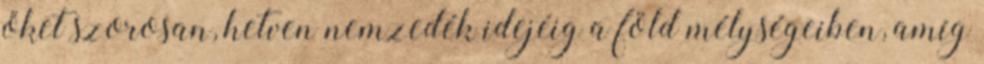
őket szorosan, hetven nemzedék idejéig a föld mélységeiben, amíg